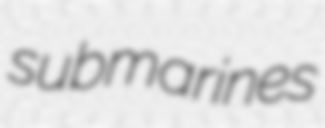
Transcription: submarines